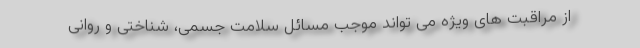
از مراقبت های ویژه می تواند موجب مسائل سلامت جسمی، شناختی و روانی